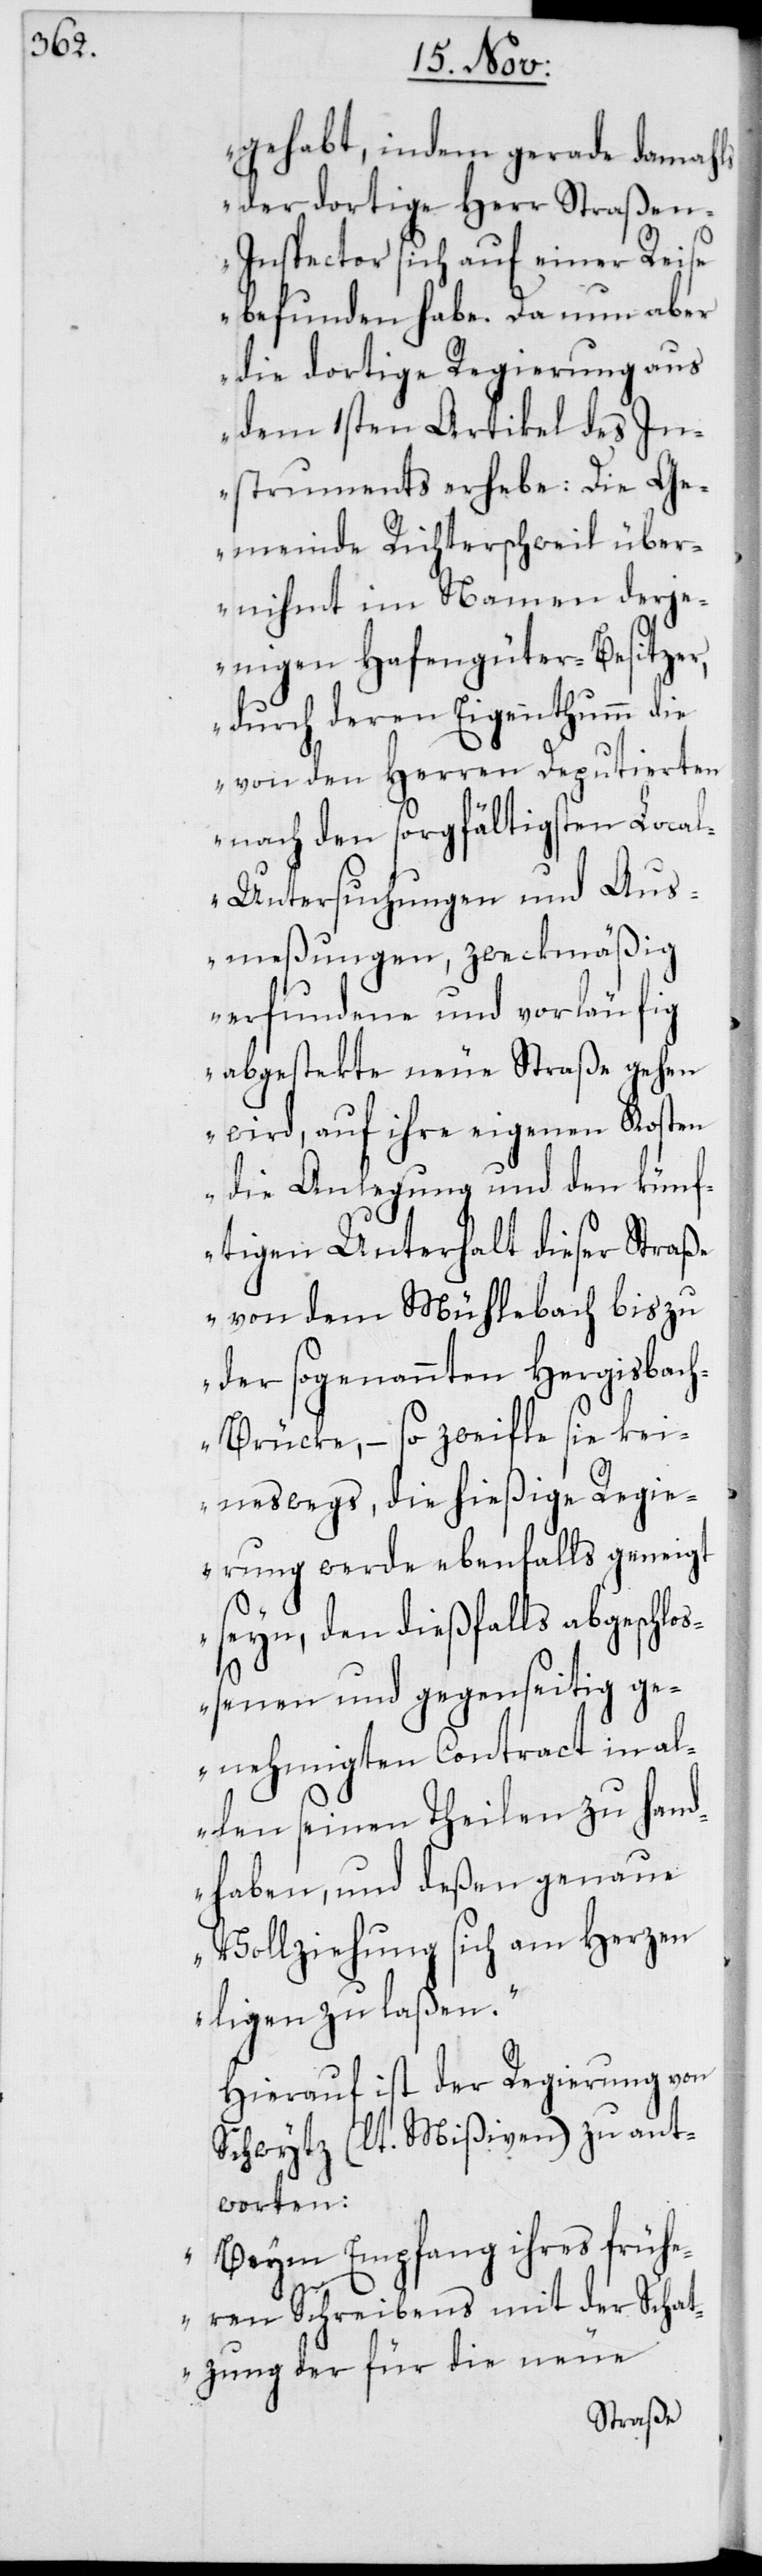
gehabt, indem gerade damahls
der dortige Herr Straßen-I¬
spector sich auf einer Reise
befunden habe. Da nun aber
die dortige Regierung aus
dem 1sten Artikel des In¬
struments erhebe: Die Ge¬
meinde Richterschweil über¬
nihmt im Namen derje¬
nigen Hafengüter-Besitzer,
durch deren Eigenthumm die
von den Herren Deputierten
nach den sorgfältigsten Loca¬
l-Untersuchungen und Aus¬
meßungen, zweckmäßig
erfundene und vorläufig
abgestekte neue Straße gehen
wird, auf ihre eigenen Kosten
die Anlegung und den künf¬
tigen Unterhalt dieser Straß¬
e von dem Mühlebach bis zu
der sogenannten Hergisbac¬
h-Brücke, – so zweifle sie kei¬
neswegs, die hießige Regie¬
rung werde ebenfalls geneigt
seyn, den dießfalls abgeschlo¬
ßenen und gegenseitig ge¬
nehmigten Contract in al¬
len seinen Theilen zu hand¬
haben, und deßen genaue
Vollziehung sich am Herzen
ligen zu laßen“.
Hierauf ist der Regierung von
Schwytz (lt. Mißiven) zu ant¬
worten:
„Beym Empfang ihres frühe¬
ren Schreibens mit der Schat¬
zung der für die neue